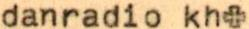
danradio kh+